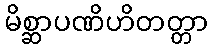
မိစ္ဆာပဏိဟိတတ္တာ